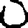
Digit: 0